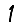
Digit: 1